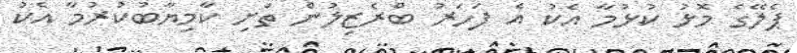
ޕެލޭގެ މޮޅު ކުޅުމާ އެކު އެ ފަހަރު ބްރެޒިލުން ތަށި ކާމިޔާބުކުރުމާ އެކު